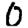
Digit: 0